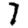
Digit: 7